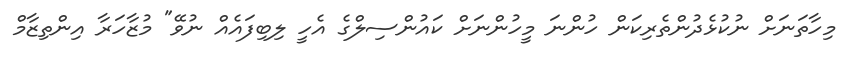
މިހާތަނަށް ނުކުޅެދުންތެރިކަން ހުންނަ މީހުންނަށް ކައުންސިލްގެ އެހީ ލިބިފައެއް ނުވޭ" މުޒާހަރާ އިންތިޒާމް